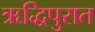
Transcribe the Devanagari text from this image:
ऋद्धिपुरात